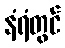
နံရံတွင်